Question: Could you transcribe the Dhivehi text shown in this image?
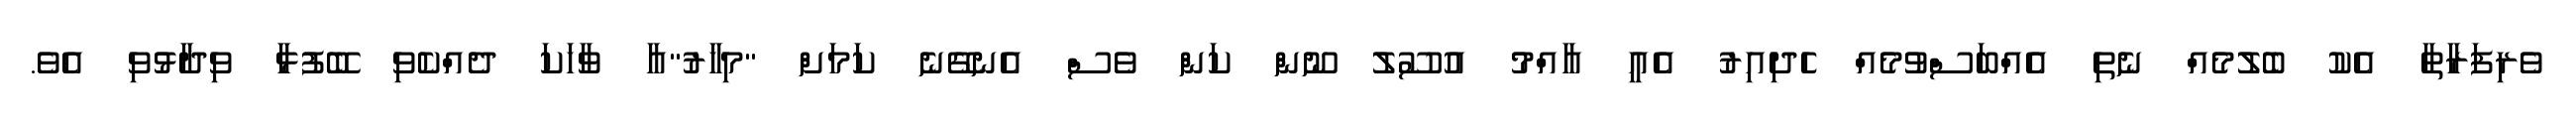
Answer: ވެރިފަރާތާ އެކު ބެލުމެއް ނެތި އެއްބަސްވުމެއް ހެދިއިރު އެއީ އާއްމު އުސޫލު ނޫން ކަން ވެސް އެނގޭނެ ކަމަށް "މިހާރު"އާ ވާހަކަ ދެއްކެވި ބޭފުޅާ ވިދާޅުވި އެވެ.